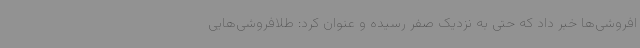
افروشی‌ها خبر داد که حتی به نزدیک صفر رسیده و عنوان کرد: طلافروشی‌هایی